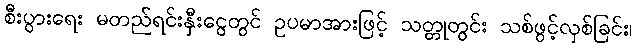
စီးပွားရေး မတည်ရင်းနှီးငွေတွင် ဥပမာအားဖြင့် သတ္တုတွင်း သစ်ဖွင့်လှစ်ခြင်း၊